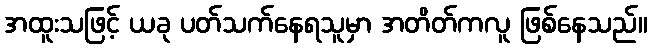
အထူးသဖြင့် ယခု ပတ်သက်နေရသူမှာ အတိတ်ကလူ ဖြစ်နေသည်။